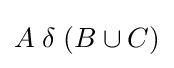
A\;\delta \;(B\cup C)